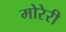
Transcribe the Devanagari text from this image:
मोरेरी